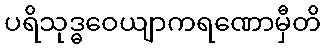
ပရိသုဒ္ဓဝေယျာကရဏောမှီတိ